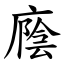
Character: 廕